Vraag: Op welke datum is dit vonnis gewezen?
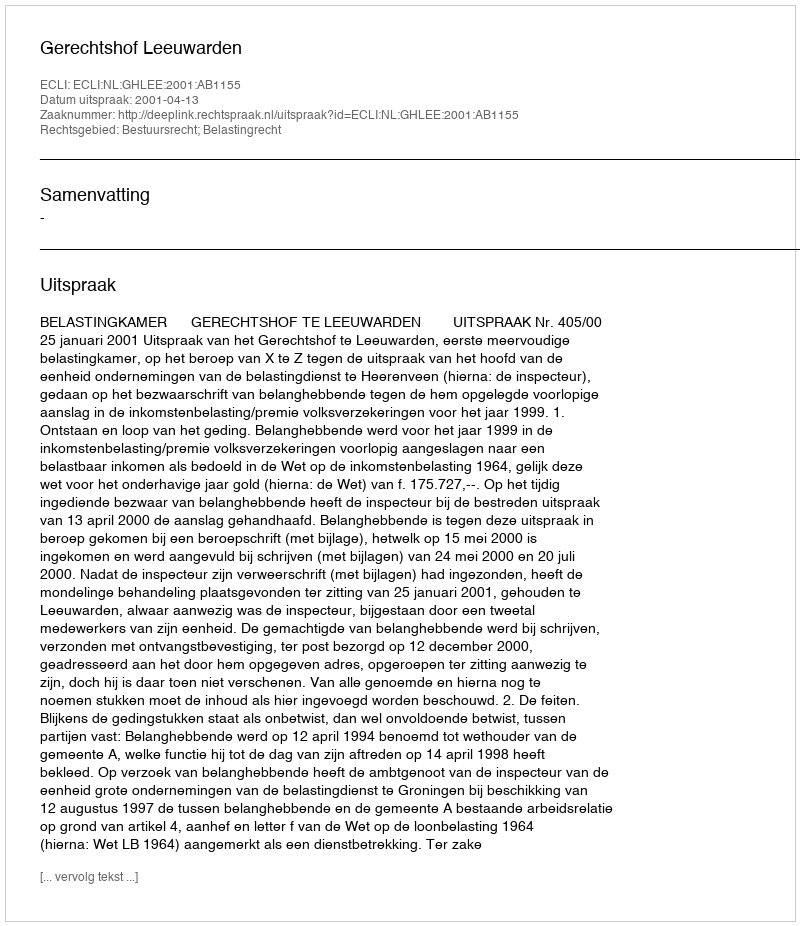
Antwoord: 2001-04-13